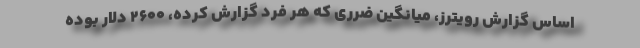
اساس گزارش رویترز، میانگین ضرری که هر فرد گزارش کرده، ۲۶۰۰ دلار بوده